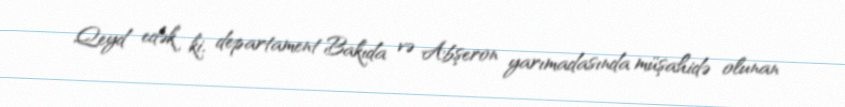
Qeyd edək ki, departament Bakıda və Abşeron yarımadasında müşahidə olunan